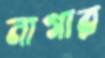
নাগার